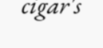
cigar's